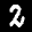
Label: 2